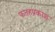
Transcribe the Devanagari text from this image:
फतहप्रकाश